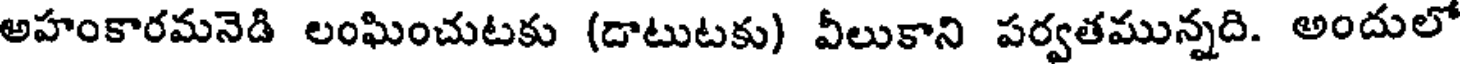
అహంకారమనెడి లంఘించుటకు (దాటుటకు) వీలుకాని పర్వతమున్నది. అందులో